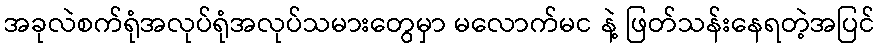
အခုလဲစက်ရုံအလုပ်ရုံအလုပ်သမားတွေမှာ မလောက်မင နဲ့ ဖြတ်သန်းနေရတဲ့အပြင်